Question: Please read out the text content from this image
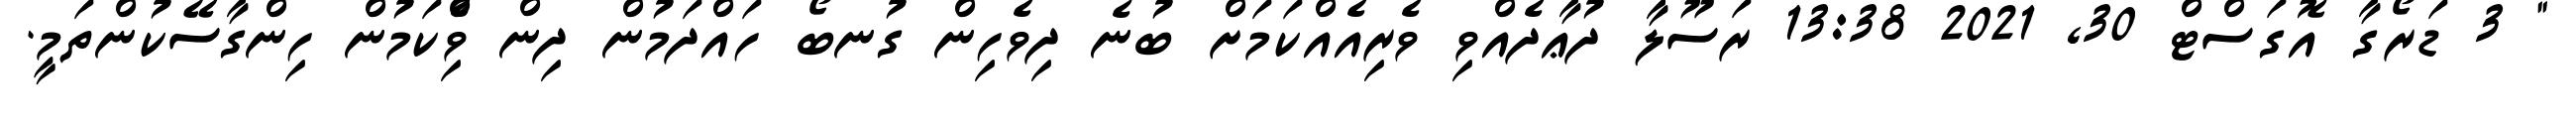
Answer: " 3 ޑަރޯގާ އޮގަސްޓް 30, 2021 13:38 ރަސޫލާ ދުޢާދެއްވި ވެރިއެއްކަމަށް ބުނެ ދިވެހިން ގުނބޯ ހައްދަމުން ދިން ވިެްކަމުން ހިންގާސޭކުންތަމީ.